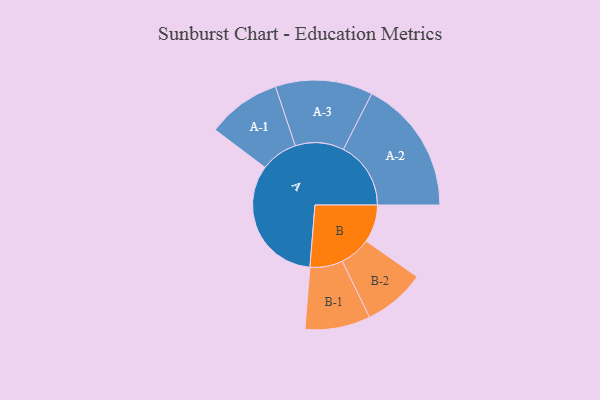
{"axis": {"x": "Segment", "y": "Value"}, "legend": ["", "A", "B"], "data": [{"x": "A", "y": 460, "type": ""}, {"x": "B", "y": 132, "type": ""}, {"x": "A-1", "y": 130, "type": "A"}, {"x": "A-2", "y": 237, "type": "A"}, {"x": "A-3", "y": 171, "type": "A"}, {"x": "B-1", "y": 115, "type": "B"}, {"x": "B-2", "y": 109, "type": "B"}]}